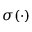
\sigma ( \cdot )